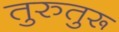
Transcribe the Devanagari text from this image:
तुरुतुरू